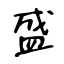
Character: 盛